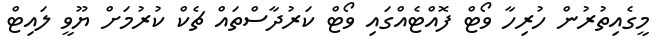
މީގެއިތުރުން ހުރިހާ ވޯޓް ފޮއްޓެއްގައި ވޯޓް ކަރުދާސްތައް ޗެކް ކުރުމަށް ޔޫވީ ލައިޓް